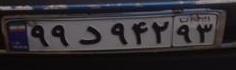
۹۹د۹۴۲۹۳